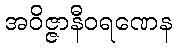
အဝိဇ္ဇာနီဝရဏေန